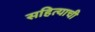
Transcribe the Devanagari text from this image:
सहित्याची